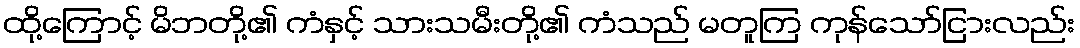
ထို့ကြောင့် မိဘတို့၏ ကံနှင့် သားသမီးတို့၏ ကံသည် မတူကြ ကုန်သော်ငြားလည်း